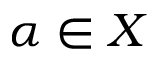
\alpha \in X